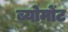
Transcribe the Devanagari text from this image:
ब्योमोंट